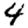
Digit: 4